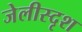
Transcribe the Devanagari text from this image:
जेलीस्दृश